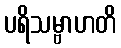
ပရိသမ္ဗာဟတိ